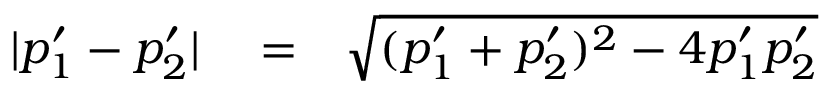
\begin{array} { r l r } { | p _ { 1 } ^ { \prime } - p _ { 2 } ^ { \prime } | } & { { } = } & { \sqrt { ( p _ { 1 } ^ { \prime } + p _ { 2 } ^ { \prime } ) ^ { 2 } - 4 p _ { 1 } ^ { \prime } p _ { 2 } ^ { \prime } } } \end{array}